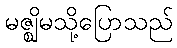
မဇ္ဈိမသို့ပြောသည်